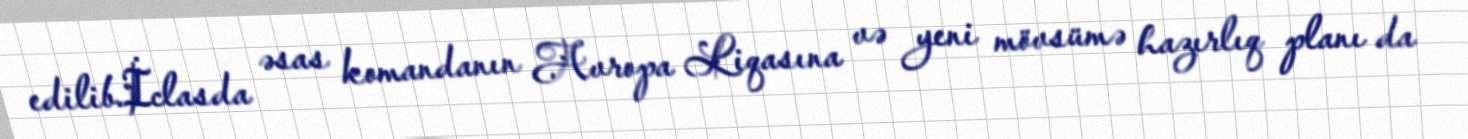
edilib.İclasda əsas komandanın Avropa Liqasına və yeni mövsümə hazırlıq planı da